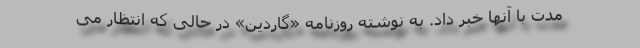
مدت با آنها خبر داد. به نوشته روزنامه «گاردین» در حالی که انتظار می